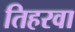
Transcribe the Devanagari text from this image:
तिहरवा